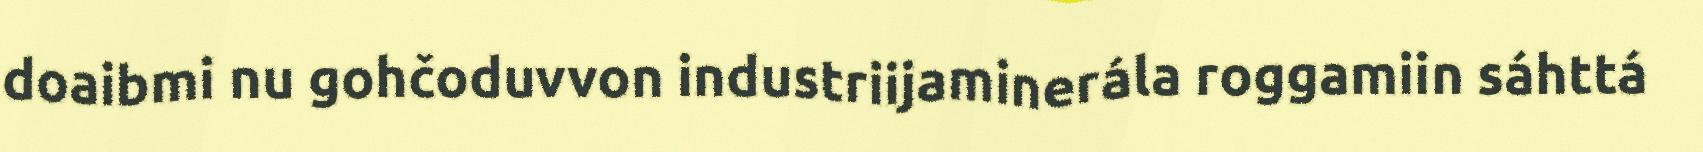
doaibmi nu gohčoduvvon industriijaminerála roggamiin sáhttá